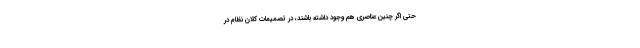
حتی اگر چنین عناصری هم وجود داشته باشند، در تصمیمات کلان نظام در